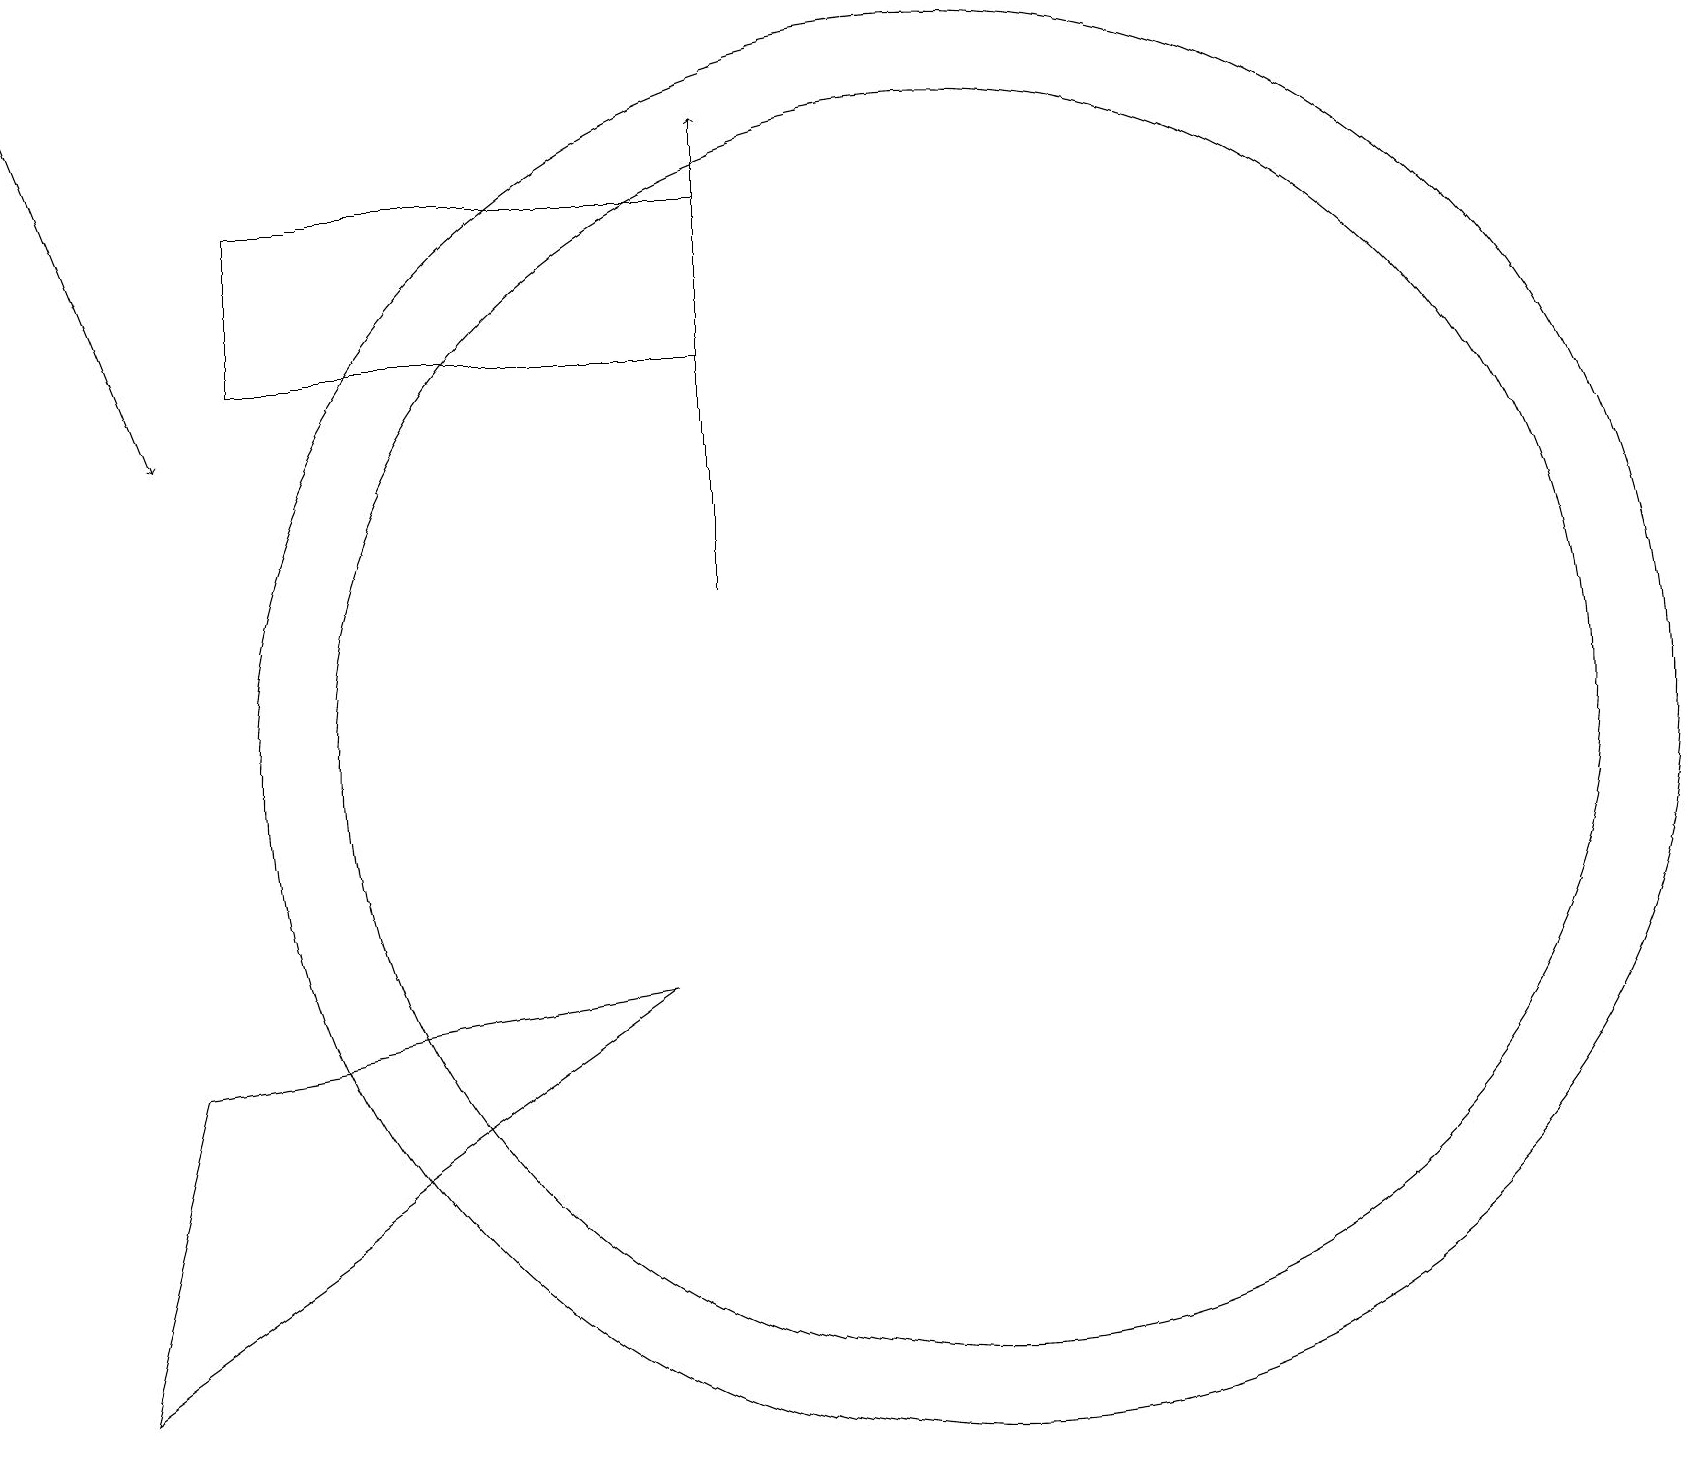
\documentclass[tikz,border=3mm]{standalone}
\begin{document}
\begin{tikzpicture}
\draw[->] (9,12) -- (9,18);
\draw (10,10) circle (0);
\draw (12,10) circle (9);
\draw (1,2) -- (2,6) -- (8,7) -- cycle;
\draw (3,15) rectangle (9,17);
\draw[->] (0,19) -- (2,14);
\draw (10,12) circle (0);
\draw (12,10) circle (8);
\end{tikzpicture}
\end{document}